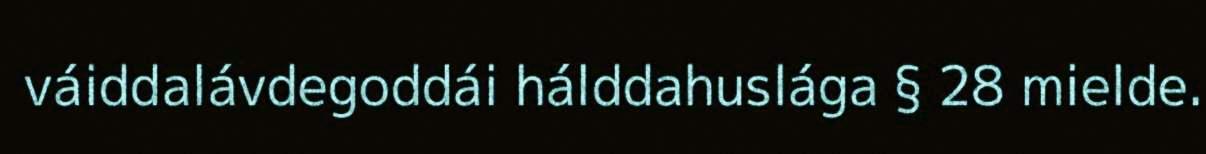
váiddalávdegoddái hálddahuslága § 28 mielde.